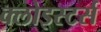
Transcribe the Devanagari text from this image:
क्लोइस्टर्स